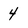
Character: 4